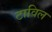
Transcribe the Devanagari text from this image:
टाविल